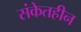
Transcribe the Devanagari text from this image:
संकेतहीन